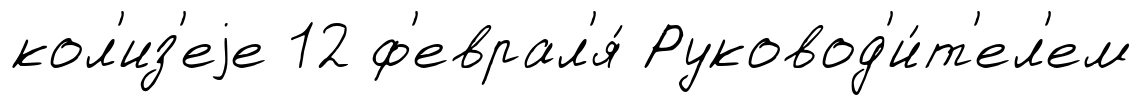
кол'из'еjе 12 ф'еврал'я́ Руковод'и́т'ел'ем